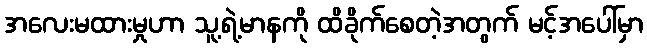
အလေးမထားမှုဟာ သူ့ရဲ့မာနကို ထိခိုက်စေတဲ့အတွက် မင့်အပေါ်မှာ